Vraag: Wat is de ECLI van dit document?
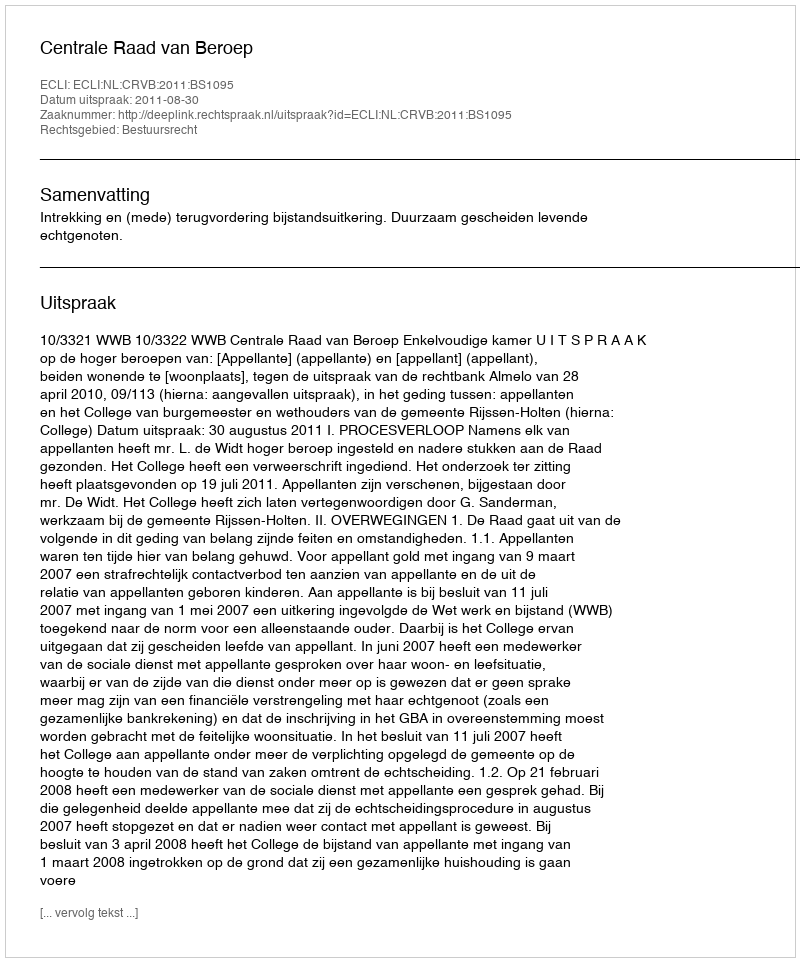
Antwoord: ECLI:NL:CRVB:2011:BS1095